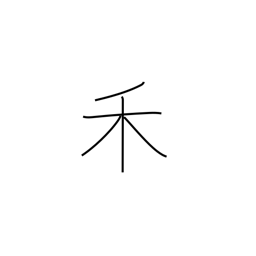
Meaning: two-branch tree radical (no. 115)